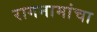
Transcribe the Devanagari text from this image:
रागनामांचा